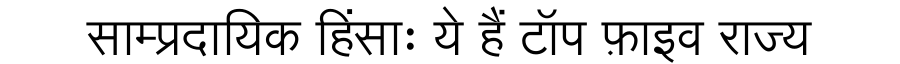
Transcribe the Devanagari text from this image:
साम्प्रदायिक हिंसाः ये हैं टॉप फ़ाइव राज्य